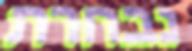
נבחרת